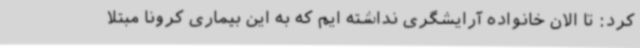
کرد: تا الان خانواده آرایشگری نداشته ایم که به این بیماری کرونا مبتلا